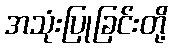
အသုံးပြုခြင်းတို့